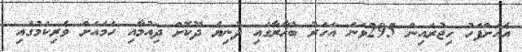
އެއަށްފަހު ހިޖުރައިން 295ވަނަ އަހަރު ބުޚާރާގައި ދުނިޔެ ދޫކޮށް ދިއުމާއި ހަމައަށް ވެރިކަމުގައި